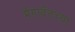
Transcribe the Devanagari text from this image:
मेगावॅटच्या